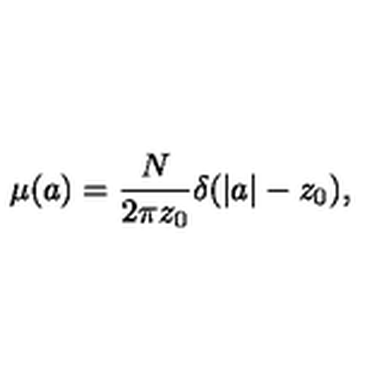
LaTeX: \mu ( a ) = \frac { N } { 2 \pi z _ { 0 } } \delta ( | a | - z _ { 0 } ) ,